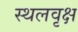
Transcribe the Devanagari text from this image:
स्थलवृक्ष